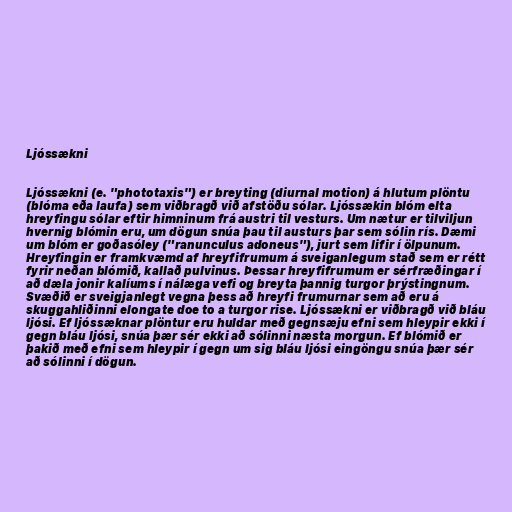
Ljóssækni

Ljóssækni (e. "phototaxis") er breyting (diurnal motion) á hlutum plöntu
(blóma eða laufa) sem viðbragð við afstöðu sólar. Ljóssækin blóm elta
hreyfingu sólar eftir himninum frá austri til vesturs. Um nætur er tilviljun
hvernig blómin eru, um dögun snúa þau til austurs þar sem sólin rís. Dæmi
um blóm er goðasóley ("ranunculus adoneus"), jurt sem lifir í ölpunum.
Hreyfingin er framkvæmd af hreyfifrumum á sveiganlegum stað sem er rétt
fyrir neðan blómið, kallað pulvinus. Þessar hreyfifrumum er sérfræðingar í
að dæla jonir kalíums í nálæga vefi og breyta þannig turgor þrýstingnum.
Svæðið er sveigjanlegt vegna þess að hreyfi frumurnar sem að eru á
skuggahliðinni elongate doe to a turgor rise. Ljóssækni er viðbragð við bláu
ljósi. Ef ljóssæknar plöntur eru huldar með gegnsæju efni sem hleypir ekki í
gegn bláu ljósi, snúa þær sér ekki að sólinni næsta morgun. Ef blómið er
þakið með efni sem hleypir í gegn um sig bláu ljósi eingöngu snúa þær sér
að sólinni í dögun.